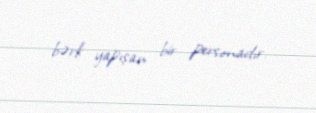
bərk yapışan bir personadır.